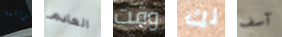
تجربتها العادم وقت لك آسف